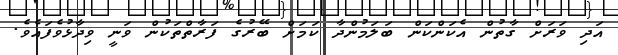
އަދި ވަރަށް ގާތުން އެކަންކަން ބަލަމުންދާ ކަމަށް ބޭރުގެ ފަރާތްތަކުން ވަނީ ވިދާޅުވެފައެވެ.